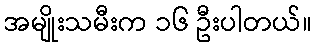
အမျိုးသမီးက ၁၆ ဦးပါတယ်။